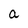
Character: a